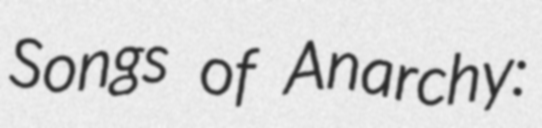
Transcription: Songs of Anarchy: